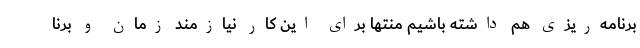
برنامه‌ریزی هم داشته باشیم منتها برای این کار نیازمند زمان و برنا